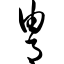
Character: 胄